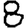
Digit: 8